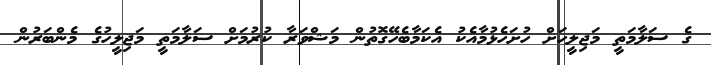
ގެ ސަލާމަތީ މަޖިލީހަށް ހުށަހެޅުމާއެކު އެކަމާބެހޭގޮތުން މަޝްވަރާ ކުރުމަށް ސަލާމަތީ މަޖިލީހުގެ މެންބަރުން